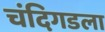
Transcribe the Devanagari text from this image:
चंदिगडला